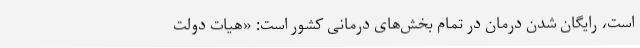
است، رایگان شدن درمان در تمام بخش‌های درمانی کشور است: «هیات دولت